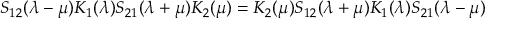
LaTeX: S _ { 1 2 } ( \lambda - \mu ) K _ { 1 } ( \lambda ) S _ { 2 1 } ( \lambda + \mu ) K _ { 2 } ( \mu ) = K _ { 2 } ( \mu ) S _ { 1 2 } ( \lambda + \mu ) K _ { 1 } ( \lambda ) S _ { 2 1 } ( \lambda - \mu )